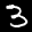
Label: 3